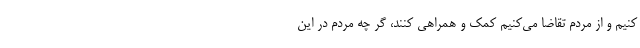
کنیم و از مردم تقاضا می‌کنیم کمک و همراهی کنند، گر چه مردم در این